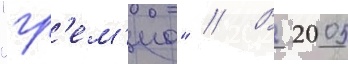
"гр'ем'ио" // В 2005